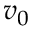
v _ { 0 }